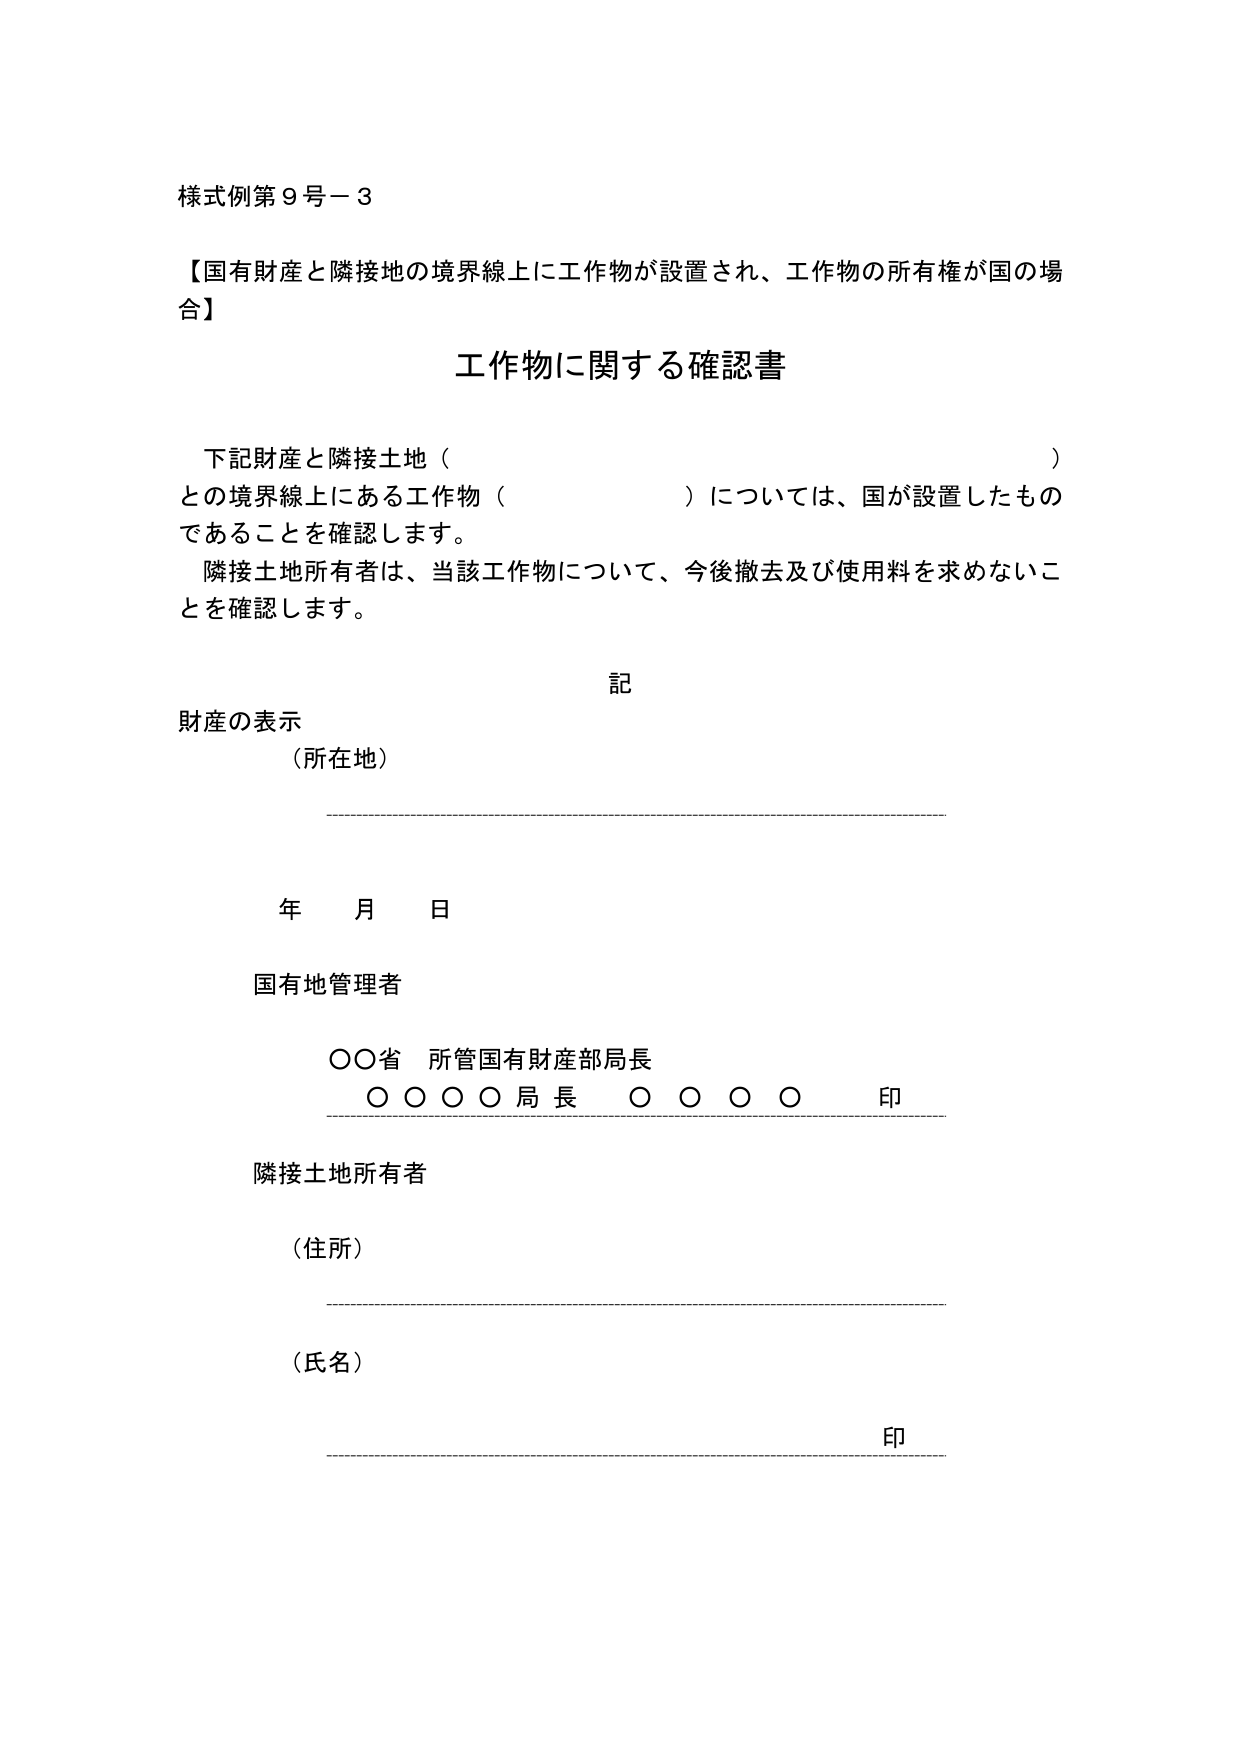
様式例第９号－３

【国有財産と隣接地の境界線上に工作物が設置され、工作物の所有権が国の場合】

工作物に関する確認書

下記財産と隣接土地（　　　　　　　　　　　　　　　　　　）
との境界線上にある工作物（　　　　　　　　　　　　　　　）については、国が設置したもの
であることを確認します。
隣接土地所有者は、当該工作物について、今後撤去及び使用料を求めないこ
とを確認します。

記

財産の表示
（所在地）

年　月　日

国有地管理者

○○省　所管国有財産部局長
○○○○局長　○○○○　印

隣接土地所有者

（住所）

（氏名）　印